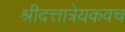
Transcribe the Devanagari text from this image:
श्रीदत्तात्रेयकवच